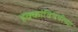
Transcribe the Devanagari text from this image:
हक्कांविषयीच्या